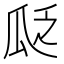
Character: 𬎣